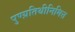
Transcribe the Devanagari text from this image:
पुण्य़तिथीनिमित्त